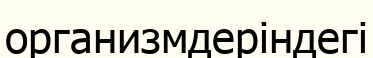
организмдеріндегі